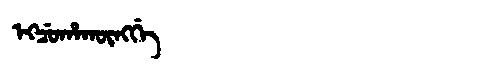
Manchu: ᡝᡴᠴᡠᡥᠠᡴᡡᠩᡤᡝ
Romanization: EKCUHAKŪNGGE